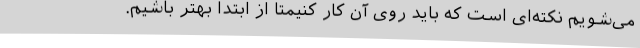
می‌شویم نکته‌ای است که باید روی آن کار کنیمتا از ابتدا بهتر باشیم.